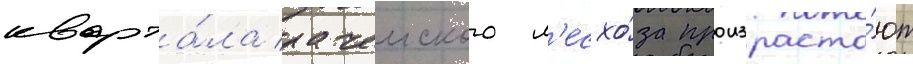
кварта́ла рачеиского л'есхо́за произраста́ют